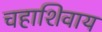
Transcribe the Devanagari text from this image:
चहाशिवाय